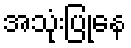
အသုံးပြုနေ